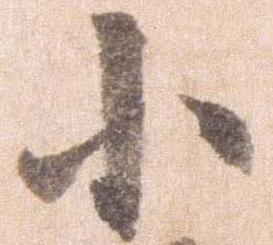
小